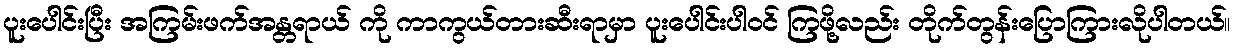
ပူးပေါင်းပြီး အကြမ်းဖက်အန္တရာယ် ကို ကာကွယ်တားဆီးရာမှာ ပူးပေါင်းပါဝင် ကြဖို့လည်း တိုက်တွန်းပြောကြားလိုပါတယ်။